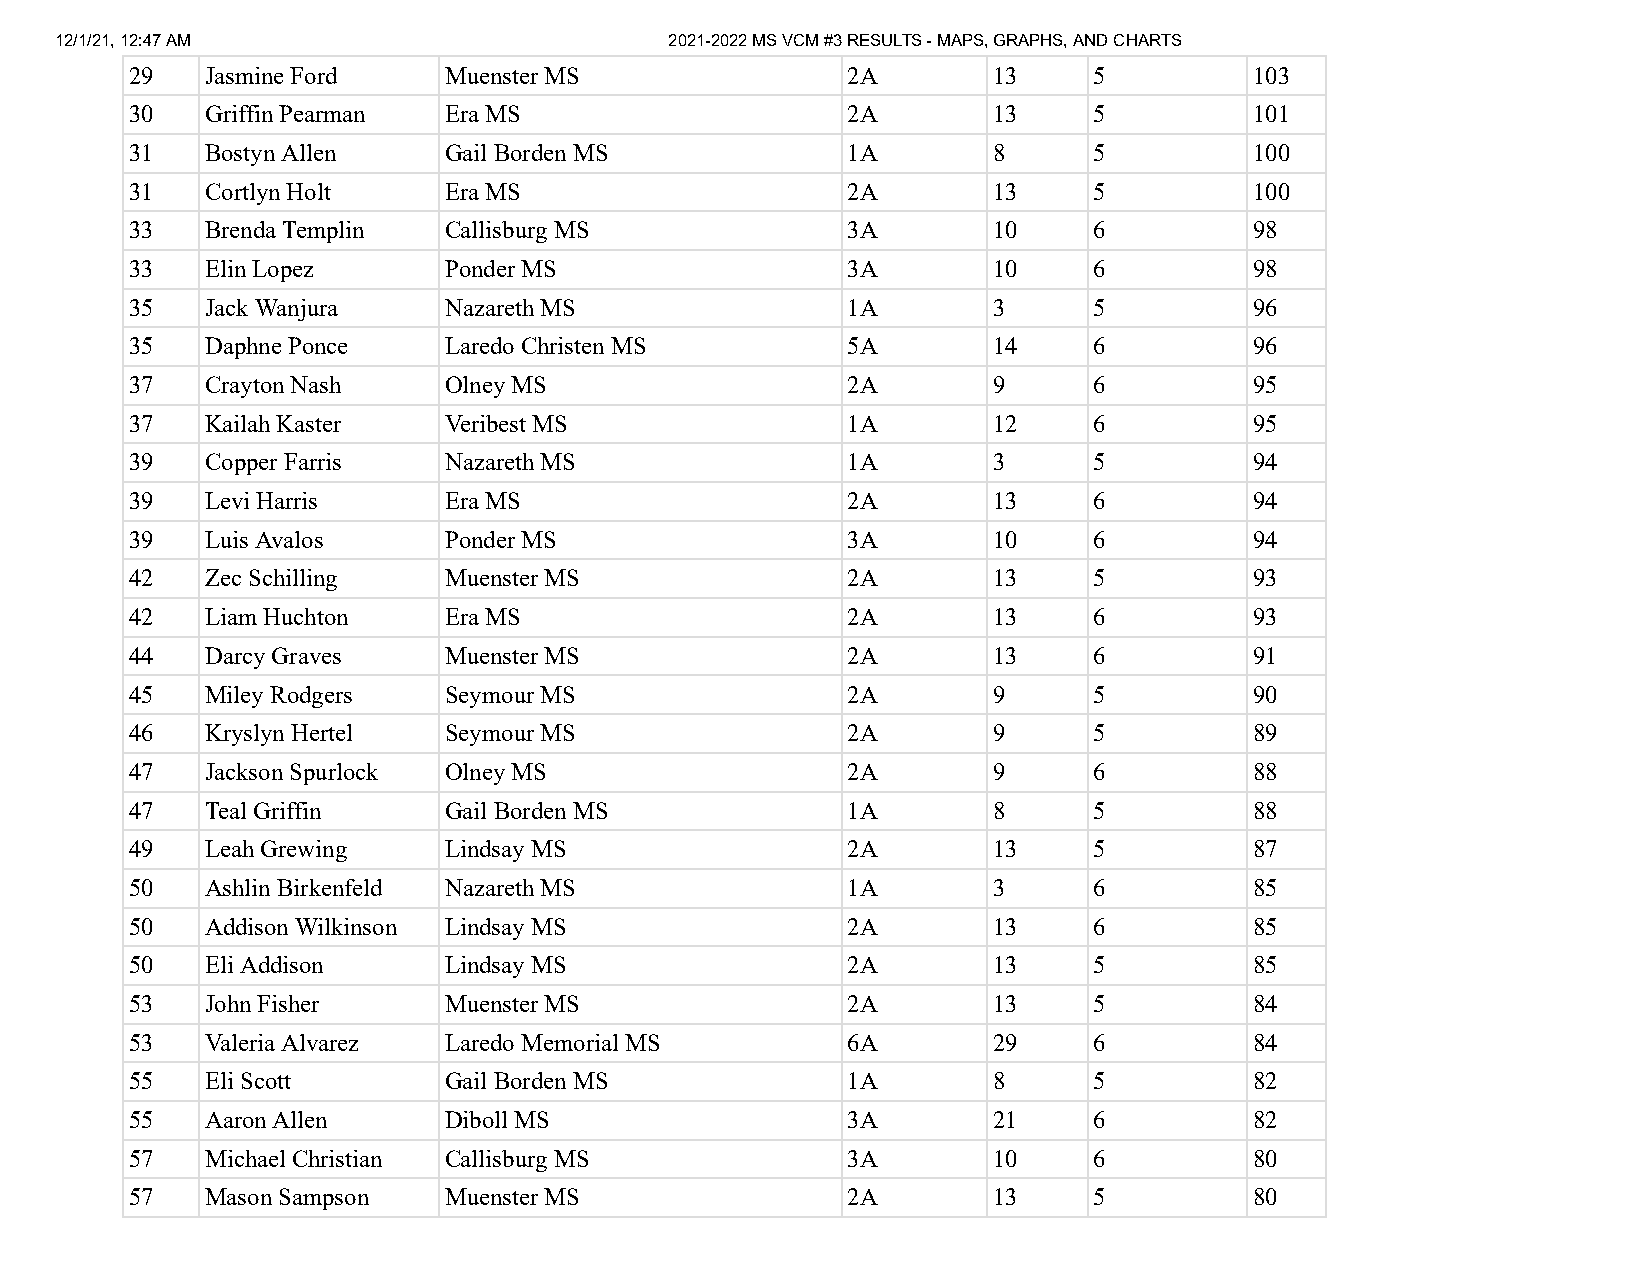
12/1/21, 12:47 AM                       2021-2022 MS VCM #3 RESULTS - MAPS, GRAPHS, AND CHARTS
 29   Jasmine Ford   Muenster MS                2A        13    5          103
 30   Griffin Pearman Era MS                    2A        13    5          101
 31   Bostyn Allen   Gail Borden MS             1A        8     5          100
 31   Cortlyn Holt   Era MS                     2A        13    5          100
 33   Brenda Templin Callisburg MS              3A        10    6          98
 33   Elin Lopez     Ponder MS                  3A        10    6          98
 35   Jack Wanjura   Nazareth MS                1A        3     5          96
 35   Daphne Ponce   Laredo Christen MS         5A        14    6          96
 37   Crayton Nash   Olney MS                   2A        9     6          95
 37   Kailah Kaster  Veribest MS                1A        12    6          95
 39   Copper Farris  Nazareth MS                1A        3     5          94
 39   Levi Harris    Era MS                     2A        13    6          94
 39   Luis Avalos    Ponder MS                  3A        10    6          94
 42   Zec Schilling  Muenster MS                2A        13    5          93
 42   Liam Huchton   Era MS                     2A        13    6          93
 44   Darcy Graves   Muenster MS                2A        13    6          91
 45   Miley Rodgers  Seymour MS                 2A        9     5          90
 46   Kryslyn Hertel Seymour MS                 2A        9     5          89
 47   Jackson Spurlock Olney MS                 2A        9     6          88
 47   Teal Griffin   Gail Borden MS             1A        8     5          88
 49   Leah Grewing   Lindsay MS                 2A        13    5          87
 50   Ashlin Birkenfeld Nazareth MS             1A        3     6          85
 50   Addison Wilkinson Lindsay MS              2A        13    6          85
 50   Eli Addison    Lindsay MS                 2A        13    5          85
 53   John Fisher    Muenster MS                2A        13    5          84
 53   Valeria Alvarez Laredo Memorial MS        6A        29    6          84
 55   Eli Scott      Gail Borden MS             1A        8     5          82
 55   Aaron Allen    Diboll MS                  3A        21    6          82
 57   Michael Christian Callisburg MS           3A        10    6          80
 57   Mason Sampson  Muenster MS                2A        13    5          80